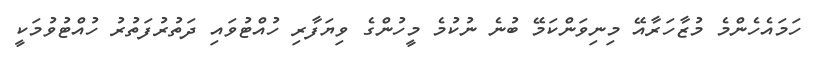
ހަމައެހެންމެ މުޒާހަރާއޭ މިނިވަންކަމޭ ބުނެ ނުކުމެ މީހުންގެ ވިޔަފާރި ހުއްޓުވައި ދަތުރުފަތުރު ހުއްޓުވުމަކީ